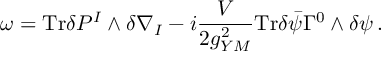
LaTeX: \omega = \mathrm { T r } \delta P ^ { I } \wedge \delta \nabla _ { I } - i \frac { V } { 2 g _ { Y M } ^ { 2 } } \mathrm { T r } \delta \bar { \psi } \Gamma ^ { 0 } \wedge \delta \psi \, .